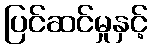
ပြင်ဆင်မှုနှင့်